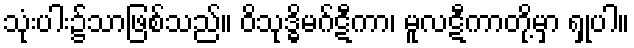
သုံးပါး၌သာဖြစ်သည်။ ဝိသုဒ္ဓိမဂ်ဋီကာ၊ မူလဋီကာတို့မှာ ရှုပါ။